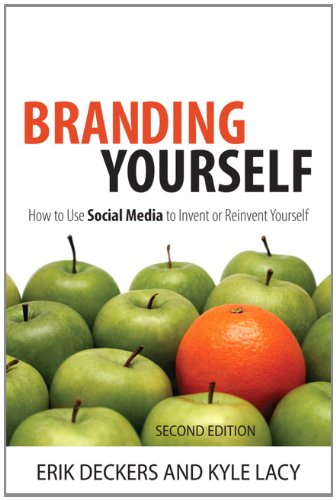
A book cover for Branding Yourself: How to Use Social Media to Invent or Reinvent Yourself (2nd Edition) (Que Biz-Tech); Erik Deckers; Computers & Technology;